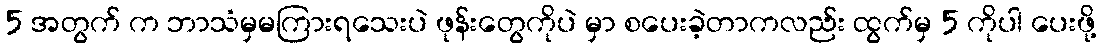
5 အတွက် က ဘာသံမှမကြားရသေးပဲ ဖုန်းတွေကိုပဲ မှာ စပေးခဲ့တာကလည်း ထွက်မှ 5 ကိုပါ ပေးဖို့